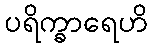
ပရိက္ခာရေဟိ